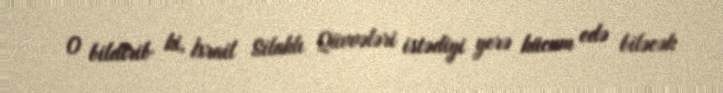
O bildirib ki, İsrail Silahlı Qüvvələri istədiyi yerə hücum edə biləcək